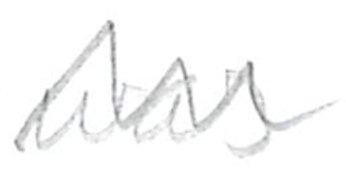
Text: was
Cross-out: zig-zag
Writing tool: pencil